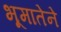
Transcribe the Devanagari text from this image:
भूमातेने